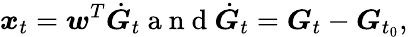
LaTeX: \boldsymbol x_{t}=\boldsymbol w^{T}\dot{\boldsymbol G}_{t}\mathrm{~a~n~d~}\dot{\boldsymbol G}_{t}=\boldsymbol G_{t}-\boldsymbol G_{t_{0}},